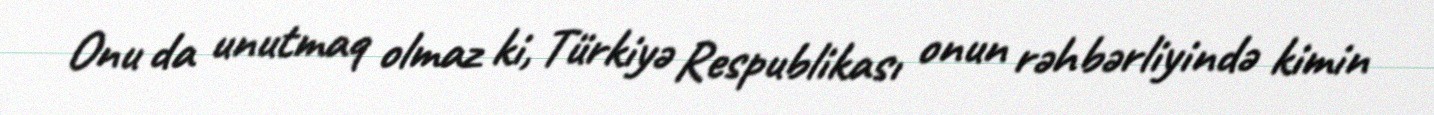
Onu da unutmaq olmaz ki, Türkiyə Respublikası onun rəhbərliyində kimin